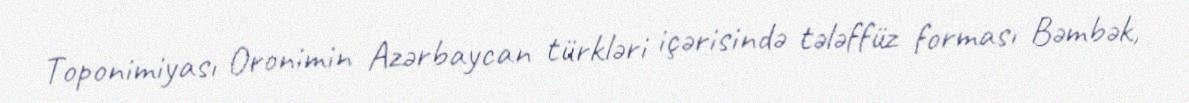
Toponimiyası Oronimin Azərbaycan türkləri içərisində tələffüz forması Bəmbək,